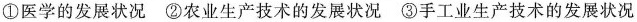
①医学的发展状况 ②农业生产技术的发展状况 ③手工业生产技术的发展状况